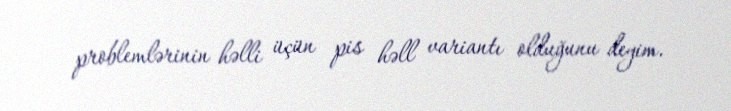
problemlərinin həlli üçün pis həll variantı olduğunu deyim.